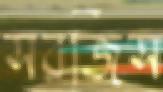
সরজিস